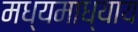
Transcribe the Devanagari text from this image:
मध्यमाध्याय